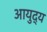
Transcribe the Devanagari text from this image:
आयुद्य